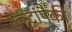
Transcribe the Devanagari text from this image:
केन्द्रांपैकी